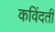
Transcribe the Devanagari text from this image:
कविंदती